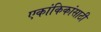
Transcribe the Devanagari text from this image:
एकांकिकांसाठी